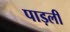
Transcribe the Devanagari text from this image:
पाड़ली